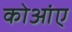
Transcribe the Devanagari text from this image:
कोआंए